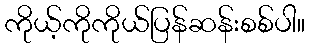
ကိုယ့်ကိုကိုယ်ပြန်ဆန်းစစ်ပါ။